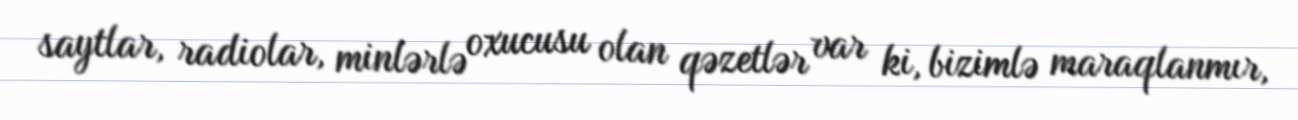
saytlar, radiolar, minlərlə oxucusu olan qəzetlər var ki, bizimlə maraqlanmır,